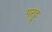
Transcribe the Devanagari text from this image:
परट्टू